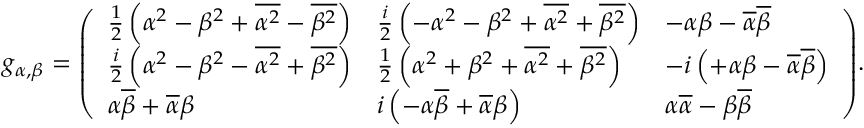
g _ { \alpha , \beta } = { \left( \begin{array} { l l l } { { \frac { 1 } { 2 } } \left( \alpha ^ { 2 } - \beta ^ { 2 } + { \overline { { \alpha ^ { 2 } } } } - { \overline { { \beta ^ { 2 } } } } \right) } & { { \frac { i } { 2 } } \left( - \alpha ^ { 2 } - \beta ^ { 2 } + { \overline { { \alpha ^ { 2 } } } } + { \overline { { \beta ^ { 2 } } } } \right) } & { - \alpha \beta - { \overline { { \alpha } } } { \overline { { \beta } } } } \\ { { \frac { i } { 2 } } \left( \alpha ^ { 2 } - \beta ^ { 2 } - { \overline { { \alpha ^ { 2 } } } } + { \overline { { \beta ^ { 2 } } } } \right) } & { { \frac { 1 } { 2 } } \left( \alpha ^ { 2 } + \beta ^ { 2 } + { \overline { { \alpha ^ { 2 } } } } + { \overline { { \beta ^ { 2 } } } } \right) } & { - i \left( + \alpha \beta - { \overline { { \alpha } } } { \overline { { \beta } } } \right) } \\ { \alpha { \overline { { \beta } } } + { \overline { { \alpha } } } \beta } & { i \left( - \alpha { \overline { { \beta } } } + { \overline { { \alpha } } } \beta \right) } & { \alpha { \overline { { \alpha } } } - \beta { \overline { { \beta } } } } \end{array} \right) } .